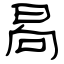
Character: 晑